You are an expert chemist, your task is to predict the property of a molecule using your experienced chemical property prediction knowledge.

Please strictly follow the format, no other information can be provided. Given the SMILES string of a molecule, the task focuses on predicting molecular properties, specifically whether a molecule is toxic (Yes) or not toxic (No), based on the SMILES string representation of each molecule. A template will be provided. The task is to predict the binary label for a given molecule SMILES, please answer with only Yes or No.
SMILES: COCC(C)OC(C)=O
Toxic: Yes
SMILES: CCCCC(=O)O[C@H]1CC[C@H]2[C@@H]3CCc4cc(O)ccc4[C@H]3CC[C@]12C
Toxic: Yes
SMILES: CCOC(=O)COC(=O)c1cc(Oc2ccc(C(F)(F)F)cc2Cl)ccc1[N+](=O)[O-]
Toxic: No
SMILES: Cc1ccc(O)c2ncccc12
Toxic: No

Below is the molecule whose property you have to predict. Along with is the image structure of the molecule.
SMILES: CC(=O)Oc1c(C)cc(OCC(O)CNC(C)C)c(C)c1C
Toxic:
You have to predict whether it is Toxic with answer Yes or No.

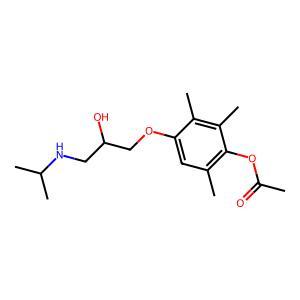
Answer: Yes